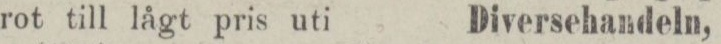
rot till lågt pris uti    Diversehandeln,